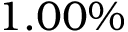
1 . 0 0 \%